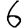
Digit: 6